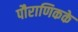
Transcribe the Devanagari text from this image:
पौराणिकके